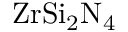
\mathrm { Z r S i _ { 2 } N _ { 4 } }